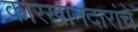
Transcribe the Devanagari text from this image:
कारखानदारांचे